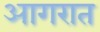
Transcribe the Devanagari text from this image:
आगरात